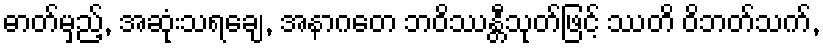
ဓာတ်မှည့်, အဆုံးသရချေ, အနာဂတေ ဘဝိဿန္တီသုတ်ဖြင့် ဿတိ ဝိဘတ်သက်,